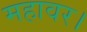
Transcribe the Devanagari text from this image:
महावर।